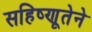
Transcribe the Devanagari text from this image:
सहिष्णूतेने